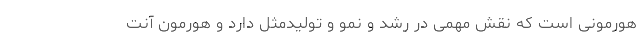
هورمونی است که نقش مهمی در رشد و نمو و تولیدمثل دارد و هورمون آنت